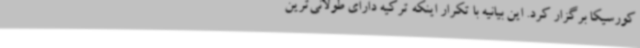
کورسیکا برگزار کرد. این بیانیه با تکرار اینکه ترکیه دارای طولانی‌ترین